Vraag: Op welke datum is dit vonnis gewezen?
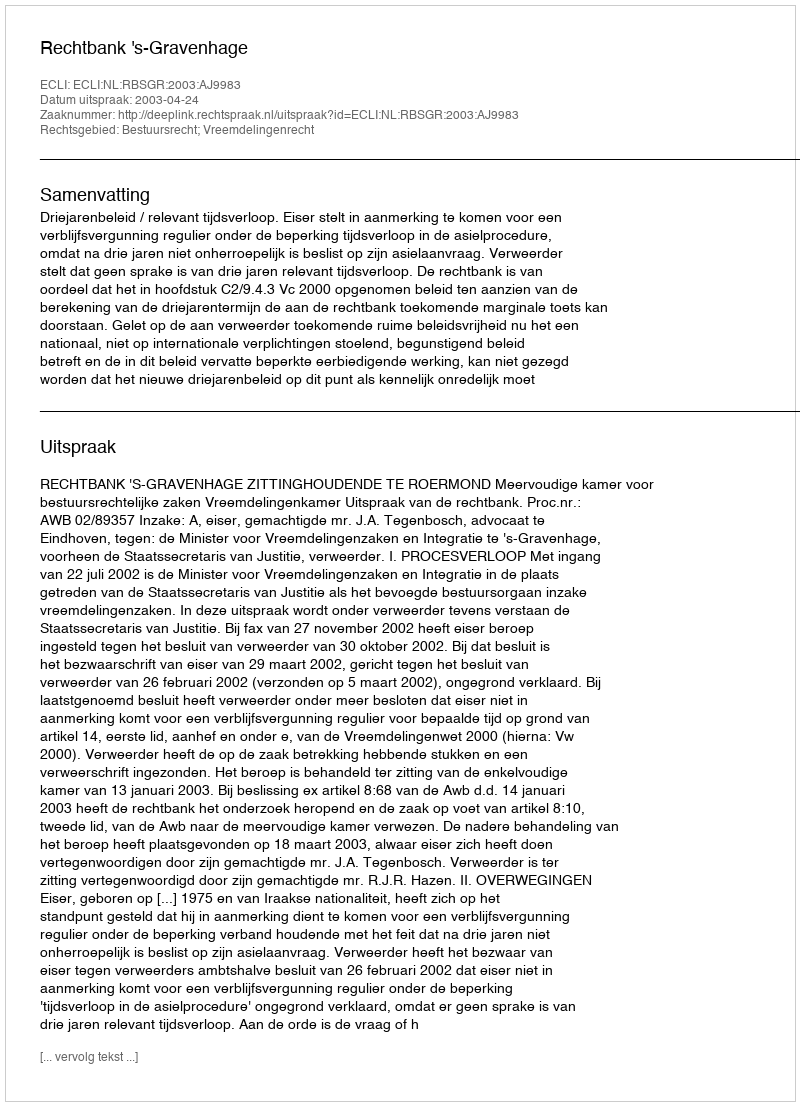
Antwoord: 2003-04-24